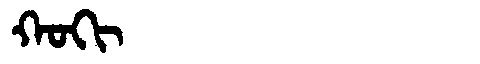
Manchu: ᡴᠣᡴᡳ
Romanization: KOKI